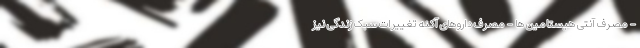
- مصرف آنتی هیستامین ها - مصرف داروهای آکنه تغییرات سبک زندگی نیز